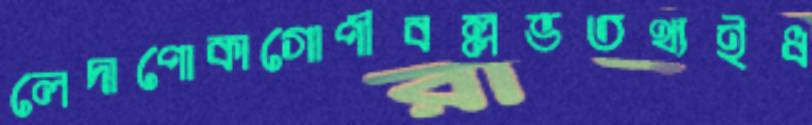
লেদাপোকাগোপীবল্লভতথ্যইধ